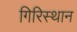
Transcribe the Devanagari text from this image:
गिरिस्थान